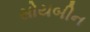
સોયબીન